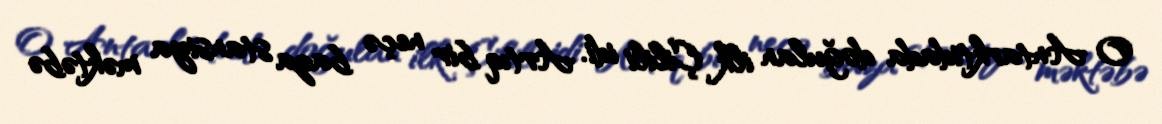
O Antarktidada doğulan ilk Çilili idi. Artıq bir neçə baza stansiya məktəbə